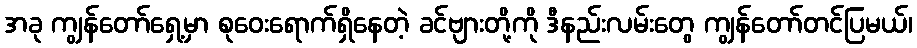
အခု ကျွန်တော်ရှေ့မှာ စုဝေးရောက်ရှိနေတဲ့ ခင်ဗျားတို့ကို ဒီနည်းလမ်းတွေ ကျွန်တော်တင်ပြမယ်၊